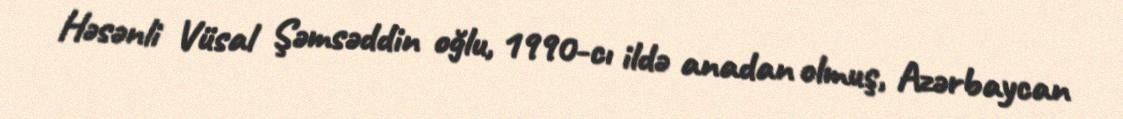
Həsənli Vüsal Şəmsəddin oğlu, 1990-cı ildə anadan olmuş, Azərbaycan